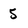
Character: 5